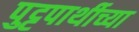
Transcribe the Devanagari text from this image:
पुट्टपार्थीच्या